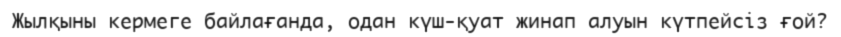
Жылқыны кермеге байлағанда, одан күш-қуат жинап алуын күтпейсіз ғой?